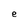
Character: e